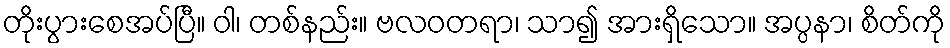
တိုးပွားစေအပ်ပြီ။ ဝါ၊ တစ်နည်း။ ဗလဝတရာ၊ သာ၍ အားရှိသော။ အပ္ပနာ၊ စိတ်ကို